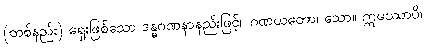
(တစ်နည်း) ရှေးဖြစ်သော ဒန္ဓဂဏနာနည်းဖြင့်။ ဂဏယတော၊ သော။ ဣမဿာပိ၊